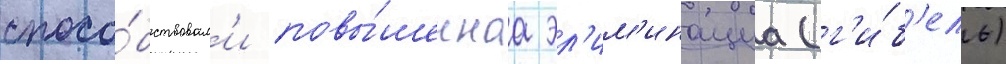
спосо́бствовал'и повы́шеннаа эл'им'инациа (г'и́б'ель)